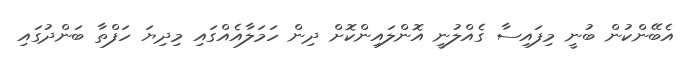
އެބޭންކުން ބުނީ މިފައިސާ ގެއްލުނީ އޮންލައިންކޮށް ދިން ހަމަލާއެއްގައި މިދިޔަ ހަފްތާ ބަންދުގައި